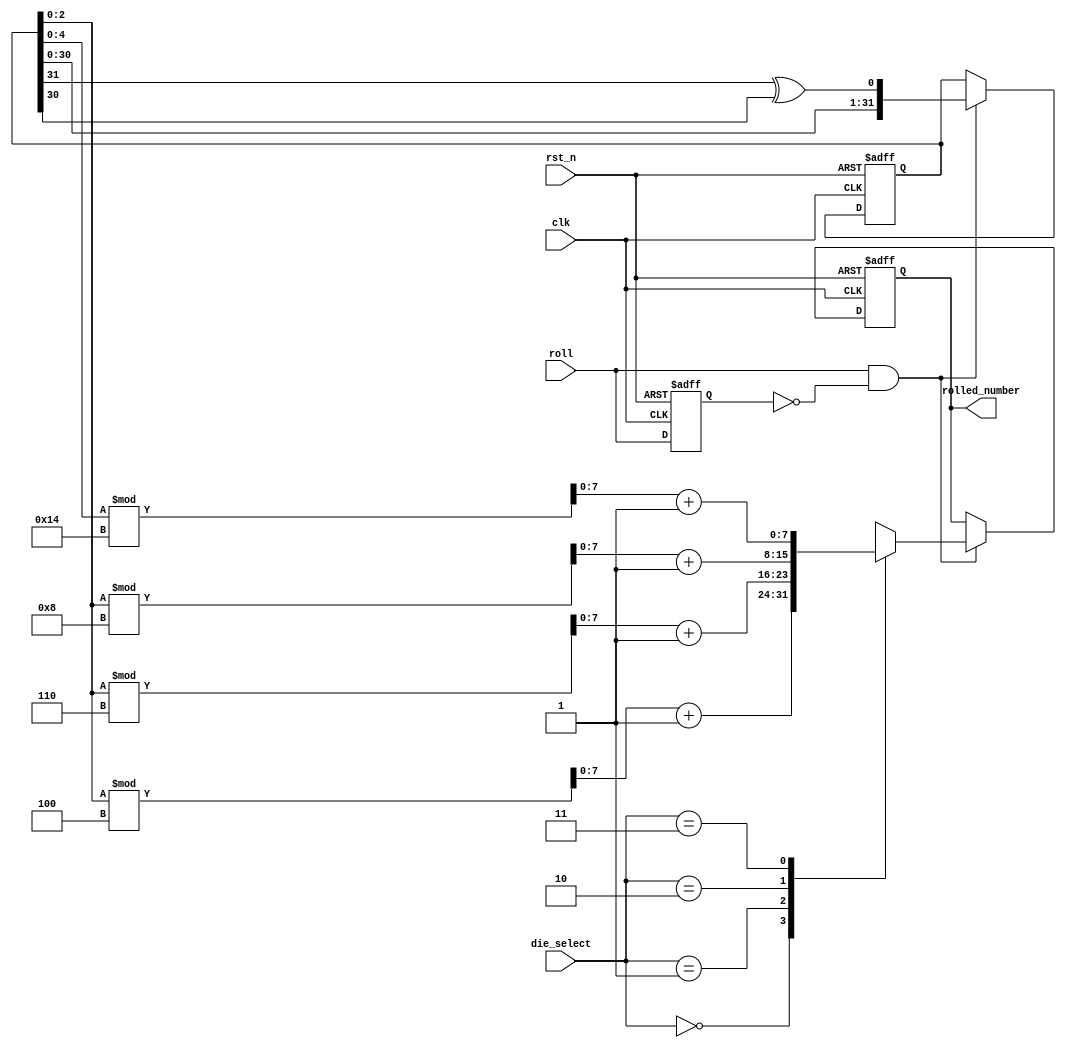
module dice_roller (
    input wire clk,
    input wire rst_n,
    input wire [1:0] die_select,
    input wire roll,
    output reg [7:0] rolled_number
);

reg [31:0] lfsr;
reg roll_triggered;

// LFSR-based RNG
always @(posedge clk or negedge rst_n) begin
    if (!rst_n) begin
        lfsr <= 32'hDEADBEEF; // Initial seed
    end else begin
        if (roll && !roll_triggered) begin
            lfsr <= {lfsr[30:0], lfsr[31] ^ lfsr[30]}; // 32-bit LFSR with maximal length
        end
    end
end

// Detect rising edge of the roll input
always @(posedge clk or negedge rst_n) begin
    if (!rst_n) begin
        roll_triggered <= 1'b0;
    end else begin
        roll_triggered <= roll;
    end
end

// Dice roll logic
always @(posedge clk or negedge rst_n) begin
    if (!rst_n) begin
        rolled_number <= 8'h00;
    end else begin
        if (roll && !roll_triggered) begin
            case (die_select)
                2'b00: rolled_number <= (lfsr[2:0] % 4) + 1;
                2'b01: rolled_number <= (lfsr[2:0] % 6) + 1;
                2'b10: rolled_number <= (lfsr[2:0] % 8) + 1;
                2'b11: rolled_number <= (lfsr[4:0] % 20) + 1;
                default: rolled_number <= 8'h00;
            endcase
        end
    end
end

endmodule